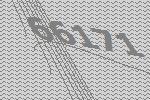
66171